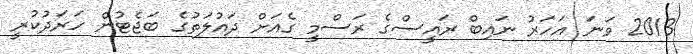
2013 ވަނަ އަހަރު ނައިބް ރައީސްގެ ރަސްމީ ގެއަށް ދައުލަތުގެ ބަޖެޓުން ހަރަދުކުރީ